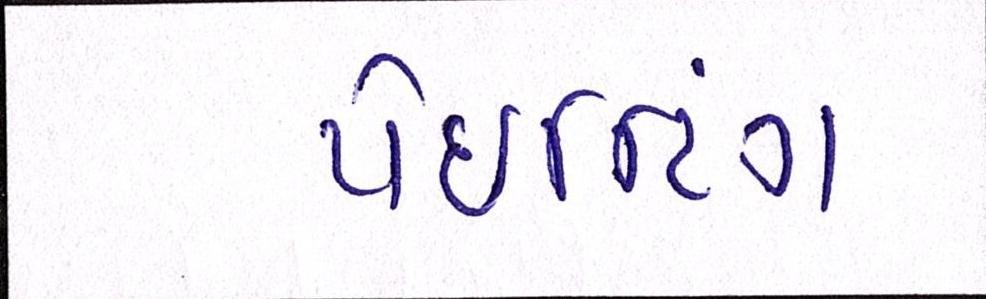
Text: પેઈન્ટિંગ